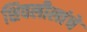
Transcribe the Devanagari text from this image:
शिवलीलांचे